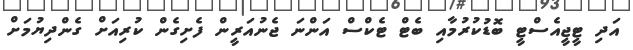
އަދި ޓީޖީއެސްޓީ ބޮޑުކުރުމާއި ބެޓް ޓެކްސް އަންނަ ޖެނުއަރީން ފެށިގެން ކުރިއަށް ގެންދިޔުމަށް